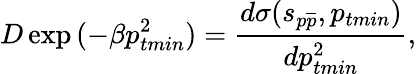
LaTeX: D\exp{(-\beta p_{tmin}^{2})}=\frac{d\sigma(s_{p\overline{{{p}}}},p_{tmin})}{dp_{tmin}^{2}},